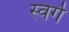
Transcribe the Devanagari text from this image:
स्वर्गे